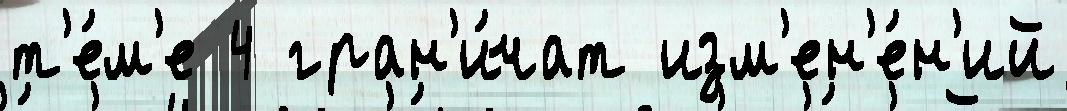
т'е́м'е 4 гран'и́чат изм'ен'е́н'ий